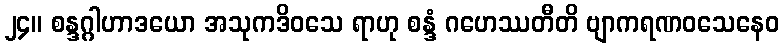
၂၄။ စန္ဒဂ္ဂါဟာဒယော အသုကဒိဝသေ ရာဟု စန္ဒံ ဂဟေဿတီတိ ဗျာကရဏဝသေနေဝ